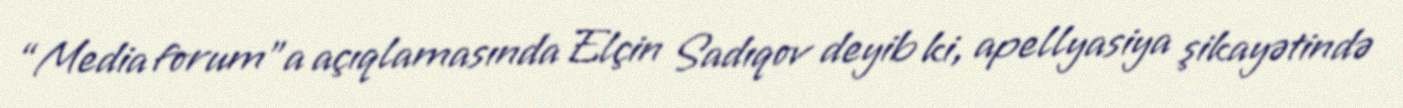
“Media forum”a açıqlamasında Elçin Sadıqov deyib ki, apellyasiya şikayətində